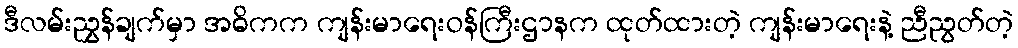
ဒီလမ်းညွှန်ချက်မှာ အဓိကက ကျန်းမာရေးဝန်ကြီးဌာနက ထုတ်ထားတဲ့ ကျန်းမာရေးနဲ့ ညီညွတ်တဲ့